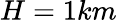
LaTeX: H=1km